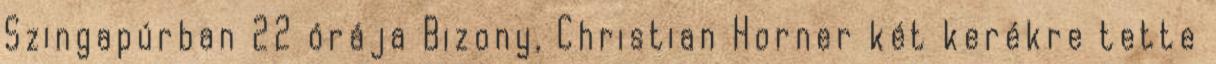
Szingapúrban 22 órája Bizony, Christian Horner két kerékre tette